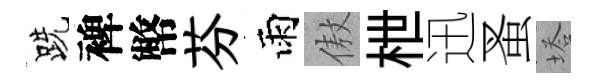
跣裨幣芬雨傲枻迅蚤塔